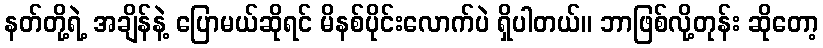
နတ်တို့ရဲ့ အချိန်နဲ့ ပြောမယ်ဆိုရင် မိနစ်ပိုင်းလောက်ပဲ ရှိပါတယ်။ ဘာဖြစ်လို့တုန်း ဆိုတော့